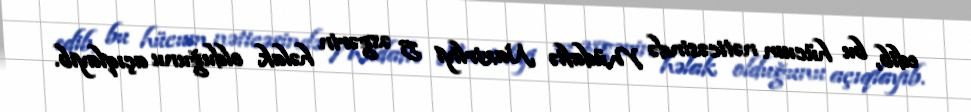
edib, bu hücum nəticəsində Müdafiə Nazirliyi 5 əsgərin həlak olduğunu açıqlayıb.